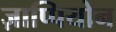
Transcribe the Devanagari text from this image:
ज़ाप्पियोन